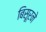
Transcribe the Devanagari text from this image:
बिसूरने